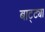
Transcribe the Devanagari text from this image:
बाट्ट्या